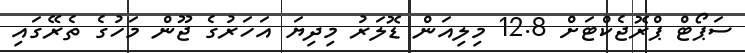
ސަޕޯޓް ޕްރޮޖެކްޓަށް 12.8 މިލިއަން ޑޮލަރު މިދިޔަ އަހަރުގެ ޖޫން މަހުގެ ތެރޭގައި